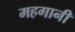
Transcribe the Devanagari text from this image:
महगानी